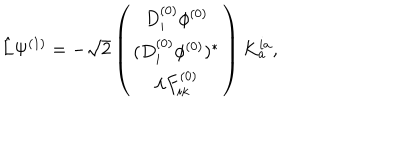
LaTeX: \hat { L } \Psi ^ { ( 1 ) } = - \sqrt { 2 } \left( \begin{array} { c } { { D _ { i } ^ { ( 0 ) } \phi ^ { ( 0 ) } } } \\ { { ( D _ { i } ^ { ( 0 ) } \phi ^ { ( 0 ) } ) ^ { \ast } } } \\ { { \lambda F _ { i k } ^ { ( 0 ) } } } \\ \end{array} \right) K _ { a } ^ { i a } ,